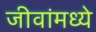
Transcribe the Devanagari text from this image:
जीवांमध्ये